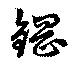
鋼